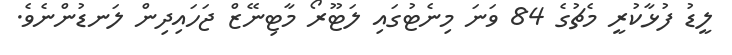
ލީޑު ފުޅާކުރީ މެޗުގެ 84 ވަނަ މިނެޓުގައި ލަޓޫރޯ މާޓިނޭޒް ޖަހައިދިން ލަނޑުންނެވެ.